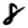
Digit: 8